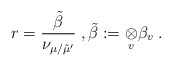
\begin{align*} r=\frac{\tilde\beta}{\nu_{\mu/\tilde\mu'}}\; , \tilde\beta:=\underset{v}\otimes\beta_v\;.\end{align*}